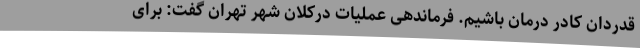
قدردان کادر درمان باشیم. فرماندهی عملیات درکلان شهر تهران گفت: برای